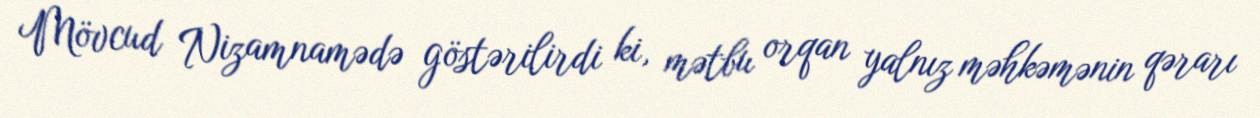
Mövcud Nizamnamədə göstərilirdi ki, mətbu orqan yalnız məhkəmənin qərarı